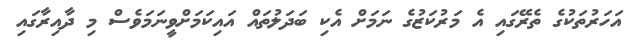
އަހަރުތަކުގެ ތެރޭގައި އެ މަރުކަޒުގެ ނަމަށް އެކި ބަދަލުތައް އައިކަމަށްވީނަމަވެސް މި ދާއިރާގައި